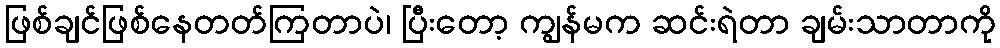
ဖြစ်ချင်ဖြစ်နေတတ်ကြတာပဲ၊ ပြီးတော့ ကျွန်မက ဆင်းရဲတာ ချမ်းသာတာကို